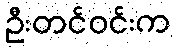
ဦးတင်ဝင်းက